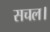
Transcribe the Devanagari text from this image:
सचल।